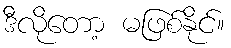
ဒီလိုတော့ မဖြစ်နိုင်။